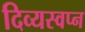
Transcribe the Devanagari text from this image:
दिव्यस्वप्न